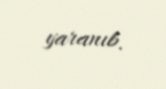
yaranıb.